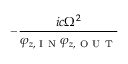
- \frac { i c \Omega ^ { 2 } } { \varphi _ { z , \mathrm { ~ I ~ N ~ } } \varphi _ { z , \mathrm { ~ O ~ U ~ T ~ } } }